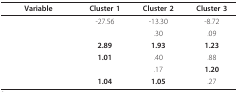
<table><thead><tr><td><b>Variable</b></td><td><b>Cluster 1</b></td><td><b>Cluster 2</b></td><td><b>Cluster 3</b></td></tr></thead><tbody><tr><td>[EMPTY_CELL]</td><td>-27.56</td><td>-13.30</td><td>-8.72</td></tr><tr><td>[EMPTY_CELL]</td><td>[EMPTY_CELL]</td><td>.30</td><td>.09</td></tr><tr><td>[EMPTY_CELL]</td><td><b>2.89</b></td><td><b>1.93</b></td><td><b>1.23</b></td></tr><tr><td>[EMPTY_CELL]</td><td><b>1.01</b></td><td>.40</td><td>.88</td></tr><tr><td>[EMPTY_CELL]</td><td>[EMPTY_CELL]</td><td>.17</td><td><b>1.20</b></td></tr><tr><td>[EMPTY_CELL]</td><td><b>1.04</b></td><td><b>1.05</b></td><td>.27</td></tr></tbody></table>